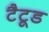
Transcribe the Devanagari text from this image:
टैटूड